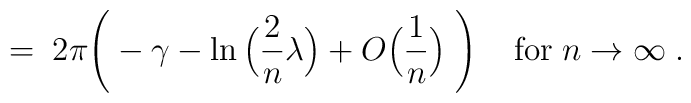
= \;2\pi \Bigg( -\gamma - \ln\Big(\frac{2}{n}\lambda\Big) + O\Big(\frac{1}{n}\Big)\; \Bigg) \; \; \; \;\mbox{for} \; n \rightarrow \infty \; .